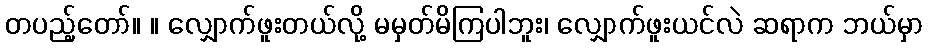
တပည့်တော်။ ။ လျှောက်ဖူးတယ်လို့ မမှတ်မိကြပါဘူး၊ လျှောက်ဖူးယင်လဲ ဆရာက ဘယ်မှာ